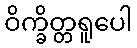
ဝိက္ခိတ္တရူပေါ